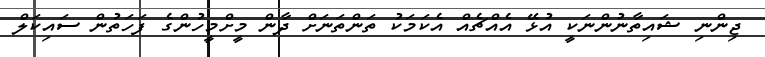
ޖިންނި ޝައިތާނުންނަކީ އުޅޭ އެއްޗެއް އެކަމަކު ތަންތަނަށް ދާން މީށްމީހުންގެ ފަހަތުން ސައިކަލް